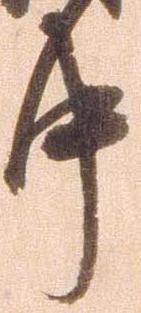
中